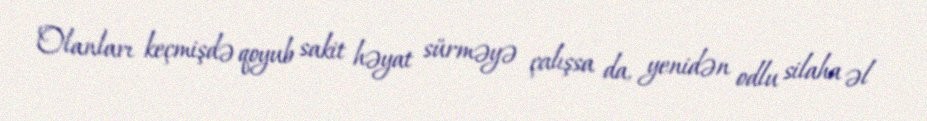
Olanları keçmişdə qoyub sakit həyat sürməyə çalışsa da, yenidən odlu silaha əl